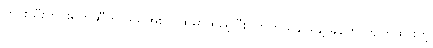
ဟင်းသီးဟင်းရွက်ဆီကို ဒယ်အိုးပူပူထဲမှာထည့်ပြီး ကြက်သွန်ဖြူနဲ့ ခုနက ကျိတ်ထားတဲ့